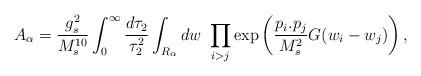
LaTeX: \begin{align*}A_{\alpha}= {{g_s^2}\over{M_s^{10}}} \int_{0}^{\infty}{{d\tau_2}\over{\tau_2^2}}\int_{R_{\alpha}}dw \ \prod_{i>j} \exp\left({p_i.p_j \over M_s^2}G(w_i-w_j)\right),\end{align*}